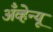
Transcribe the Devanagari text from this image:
अँव्हेन्यू